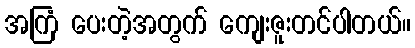
အကြံ ပေးတဲ့အတွက် ကျေးဇူးတင်ပါတယ်။